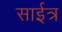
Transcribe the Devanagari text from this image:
साईत्र